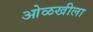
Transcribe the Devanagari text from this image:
ओळखीला